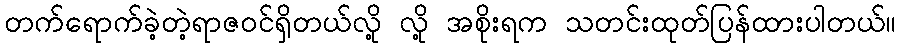
တက်ရောက်ခဲ့တဲ့ရာဇဝင်ရှိတယ်လို့ လို့ အစိုးရက သတင်းထုတ်ပြန်ထားပါတယ်။